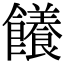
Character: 䭥